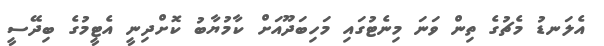
އެލަނޑު މެޗުގެ ތިން ވަނަ މިނެޓުގައި މަހިބަދޫއަށް ކާމުޔާބު ކޮށްދިނީ އެޓީމުގެ ބިދޭސީ